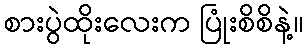
စားပွဲထိုးလေးက ပြုံးစိစိနဲ့။